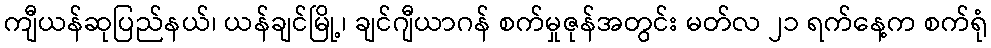
ကျီယန်ဆုပြည်နယ်၊ ယန်ချင်မြို့၊ ချင်ဂျီယာဂန် စက်မှုဇုန်အတွင်း မတ်လ ၂၁ ရက်နေ့က စက်ရုံ